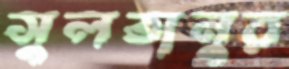
সুলতানুর